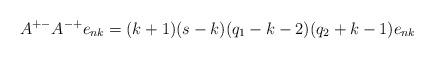
LaTeX: \begin{align*}A^{+-}A^{-+}e_{nk}=(k+1)(s-k)(q_1-k-2)(q_2+k-1)e_{nk}\end{align*}